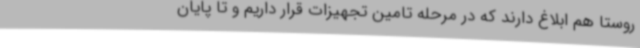
روستا هم ابلاغ دارند که در مرحله تامین تجهیزات قرار داریم و تا پایان